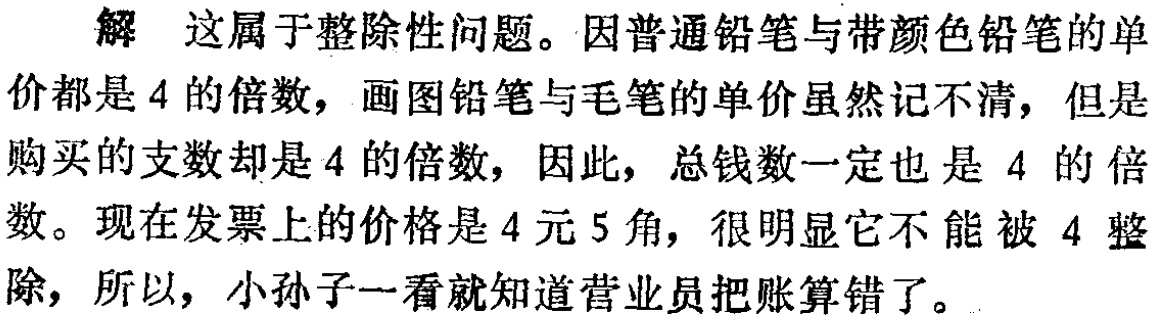
解 这属于整除性问题。因普通铅笔与带颜色铅笔的单

价都是\(4\)的倍数，画图铅笔与毛笔的单价虽然记不清，但是

购买的支数却是\(4\)的倍数，因此，总钱数一定也是\(4\)的倍

数。现在发票上的价格是\(4\)元\(5\)角，很明显它不能被\(4\)整

除，所以，小孙子一看就知道营业员把账算错了。